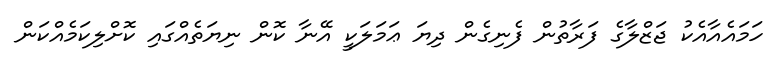
ހަމައެއާއެކު ޖަޒްލާގެ ފަރާތުން ފެނިގެން ދިޔަ ޢަމަލަކީ އޭނާ ކޮން ނިޔަތެއްގައި ކޮށްލިކަމެއްކަން